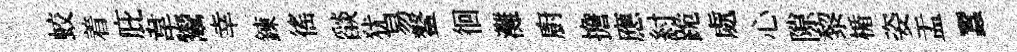
蛟着庇韋鬻幸鍊徭𦦨犹易鳌徊灘廚擔應紂跪處心隙黎楯姿盂蠶